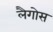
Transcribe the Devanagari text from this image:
लैगोस